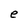
Character: e